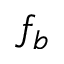
f _ { b }